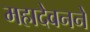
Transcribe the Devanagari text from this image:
महादेवनने